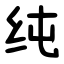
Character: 纯